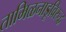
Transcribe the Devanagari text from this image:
तामिळनाडूविरुद्ध